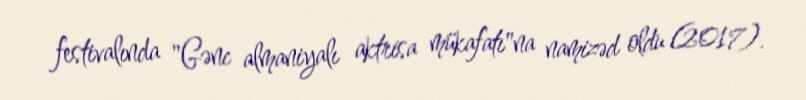
festivalında "Gənc almaniyalı aktrisa mükafatı"na namizəd oldu (2017).